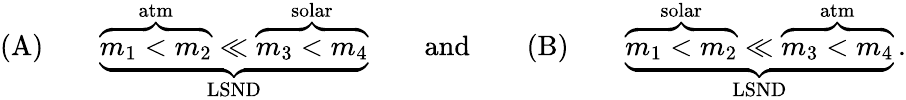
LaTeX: \mathrm{(A)}\qquad\underbrace{\overbrace{m_{1}<m_{2}}^{\mathrm{atm}}\ll\overbrace{m_{3}<m_{4}}^{\mathrm{solar}}}_{\mathrm{LSND}}\qquad\mathrm{and}\qquad\mathrm{(B)}\qquad\underbrace{\overbrace{m_{1}<m_{2}}^{\mathrm{solar}}\ll\overbrace{m_{3}<m_{4}}^{\mathrm{atm}}}_{\mathrm{LSND}}\, .